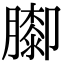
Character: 𦡩